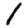
Digit: 1